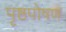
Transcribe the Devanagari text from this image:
पृष्ठपोषण